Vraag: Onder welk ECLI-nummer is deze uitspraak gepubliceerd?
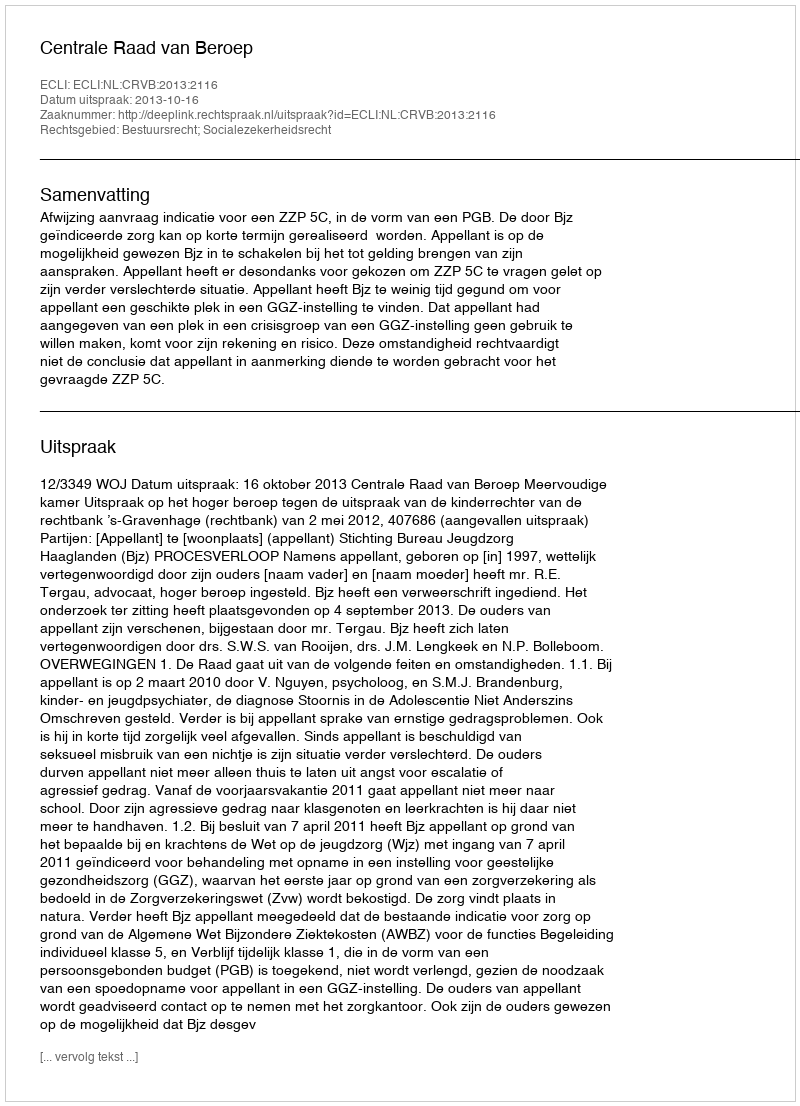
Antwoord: ECLI:NL:CRVB:2013:2116